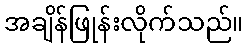
အချိန်ဖြုန်းလိုက်သည်။